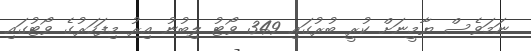
ނަމަވެސް ޔާމީނަށް ކުރީ ބުރުގައި 349 ވޯޓު ލިބުނު އިރު މިފަހަރުގެ ވޯޓުގައި